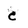
Character: e